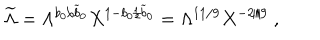
{ \widetilde \Lambda } = \Lambda ^ { b _ { 0 } / { \widetilde b } _ { 0 } } X ^ { 1 - b _ { 0 } / { \widetilde b } _ { 0 } } = \Lambda ^ { 1 1 / 9 } X ^ { - 2 / 9 } ~ ,